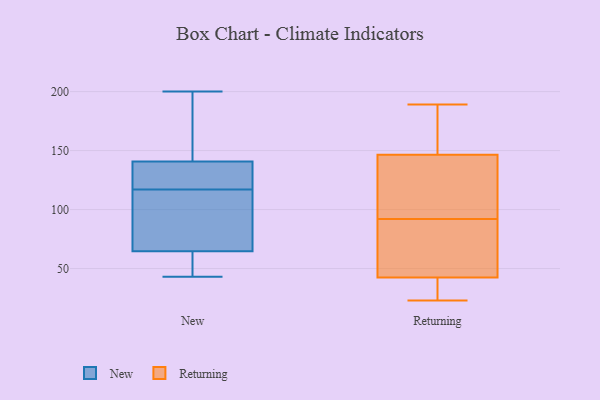
{"axis": {"x": "Headcount", "y": "Value"}, "legend": ["New", "Returning"], "data": [{"x": "", "y": 55, "type": "New"}, {"x": "", "y": 102, "type": "New"}, {"x": "", "y": 117, "type": "New"}, {"x": "", "y": 43, "type": "New"}, {"x": "", "y": 200, "type": "New"}, {"x": "", "y": 166, "type": "New"}, {"x": "", "y": 108, "type": "New"}, {"x": "", "y": 64, "type": "New"}, {"x": "", "y": 89, "type": "New"}, {"x": "", "y": 140, "type": "New"}, {"x": "", "y": 141, "type": "New"}, {"x": "", "y": 139, "type": "New"}, {"x": "", "y": 60, "type": "New"}, {"x": "", "y": 127, "type": "New"}, {"x": "", "y": 67, "type": "New"}, {"x": "", "y": 146, "type": "New"}, {"x": "", "y": 181, "type": "New"}, {"x": "", "y": 55, "type": "New"}, {"x": "", "y": 137, "type": "New"}, {"x": "", "y": 83, "type": "Returning"}, {"x": "", "y": 158, "type": "Returning"}, {"x": "", "y": 35, "type": "Returning"}, {"x": "", "y": 133, "type": "Returning"}, {"x": "", "y": 42, "type": "Returning"}, {"x": "", "y": 186, "type": "Returning"}, {"x": "", "y": 67, "type": "Returning"}, {"x": "", "y": 189, "type": "Returning"}, {"x": "", "y": 101, "type": "Returning"}, {"x": "", "y": 135, "type": "Returning"}, {"x": "", "y": 43, "type": "Returning"}, {"x": "", "y": 23, "type": "Returning"}]}